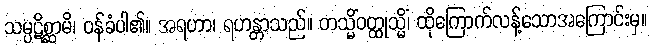
သမ္ပဋိစ္ဆာမိ၊ ဝန်ခံပါ၏။ အရဟာ၊ ရဟန္တာသည်။ တသ္မိံဝတ္ထုသ္မိံ၊ ထိုကြောက်လန့်သောအကြောင်းမှ။